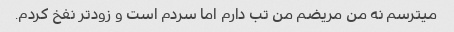
میترسم نه من مریضم من تب دارم اما سردم است و زودتر نفخ کردم.